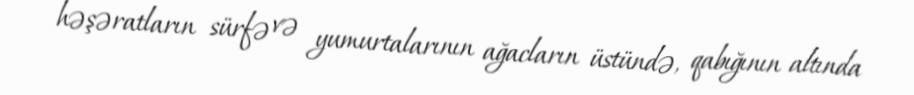
həşəratların sürfə və yumurtalarının ağacların üstündə, qabığının altında